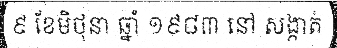
៩ ខែមិថុនា ឆ្នាំ ១៩៨៣ នៅ សង្កាត់